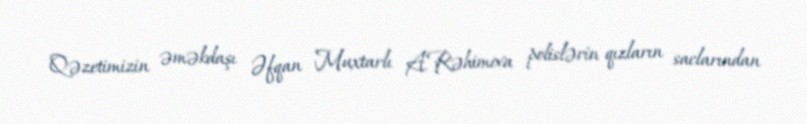
Qəzetimizin əməkdaşı Əfqan Muxtarlı A.Rəhimova polislərin qızların saclarından